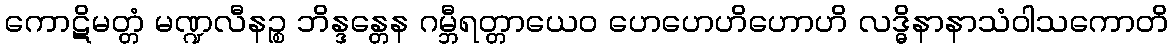
ကောဋိမတ္တံ မဏ္ဍလီနဉ္စ ဘိန္ဒန္တေန ဂမ္ဘီရတ္တာယေဝ ဟေဟေဟိဟောဟိ လဒ္ဓိနာနာသံဝါသကောတိ